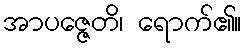
အာပဇ္ဇေတိ၊ ရောက်၏။